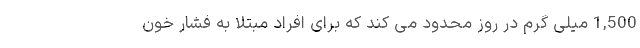
1,500 میلی گرم در روز محدود می کند که برای افراد مبتلا به فشار خون